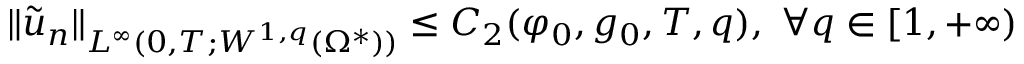
\lVert \tilde { u } _ { n } \rVert _ { L ^ { \infty } ( 0 , T ; W ^ { 1 , q } ( \Omega ^ { * } ) ) } \leq C _ { 2 } ( \varphi _ { 0 } , g _ { 0 } , T , q ) , \ \forall q \in [ 1 , + \infty )